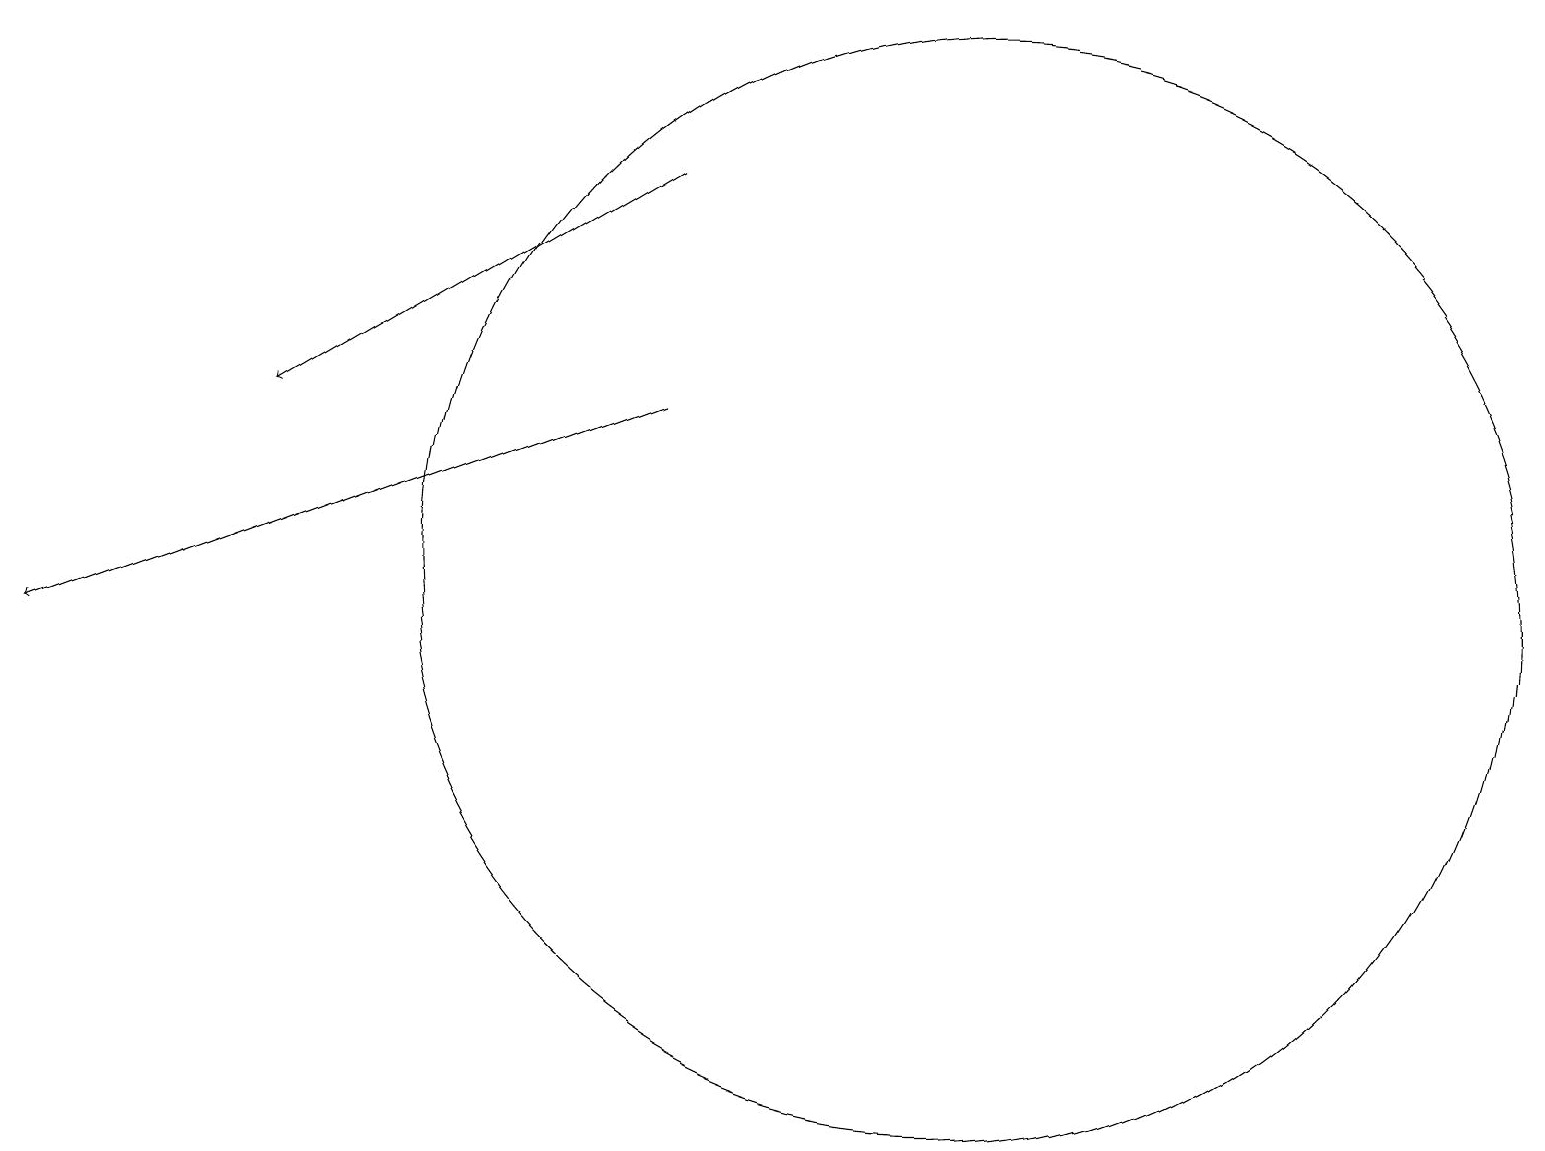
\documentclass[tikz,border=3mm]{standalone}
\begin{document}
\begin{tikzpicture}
\draw (12,12) circle (7);
\draw[->] (8,17) -- (3,14);
\draw[->] (8,14) -- (0,11);
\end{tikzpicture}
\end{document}